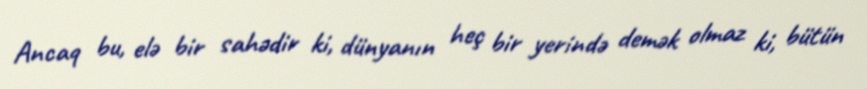
Ancaq bu, elə bir sahədir ki, dünyanın heç bir yerində demək olmaz ki, bütün